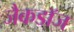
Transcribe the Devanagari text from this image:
जैकडॉज